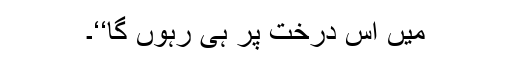
میں اس درخت پر ہی رہوں گا‘‘۔